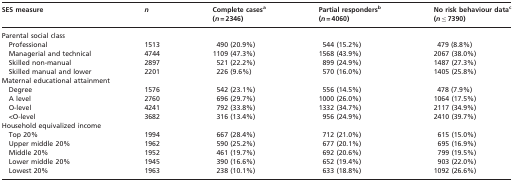
| SES measure | n | Complete casesa (n = 2346) | Partial respondersb (n = 4060) | No risk behaviour datac (n ≤ 7390) |
 | --- | --- | --- | --- | --- |
 | <COLSPAN=5> Parental social class |
 | Professional | 1513 | 490 (20.9%) | 544 (15.2%) | 479 (8.8%) |
 | Managerial and technical | 4744 | 1109 (47.3%) | 1568 (43.9%) | 2067 (38.0%) |
 | Skilled non-manual | 2897 | 521 (22.2%) | 899 (24.9%) | 1487 (27.3%) |
 | Skilled manual and lower | 2201 | 226 (9.6%) | 570 (16.0%) | 1405 (25.8%) |
 | <COLSPAN=5> Maternal educational attainment |
 | Degree | 1576 | 542 (23.1%) | 556 (14.5%) | 478 (7.9%) |
 | A level | 2760 | 696 (29.7%) | 1000 (26.0%) | 1064 (17.5%) |
 | O-level | 4241 | 792 (33.8%) | 1332 (34.7%) | 2117 (34.9%) |
 | <O-level | 3682 | 316 (13.4%) | 956 (24.9%) | 2410 (39.7%) |
 | <COLSPAN=5> Household equivalized income |
 | Top 20% | 1994 | 667 (28.4%) | 712 (21.0%) | 615 (15.0%) |
 | Upper middle 20% | 1962 | 590 (25.2%) | 677 (20.1%) | 695 (16.9%) |
 | Middle 20% | 1952 | 461 (19.7%) | 692 (20.6%) | 799 (19.5%) |
 | Lower middle 20% | 1945 | 390 (16.6%) | 652 (19.4%) | 903 (22.0%) |
 | Lowest 20% | 1963 | 238 (10.1%) | 633 (18.8%) | 1092 (26.6%) |